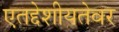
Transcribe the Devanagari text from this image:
एतद्देशीयतेवर